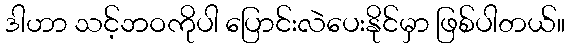
ဒါဟာ သင့်ဘဝကိုပါ ပြောင်းလဲပေးနိုင်မှာ ဖြစ်ပါတယ်။